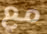
مع